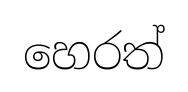
හෙරත්